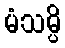
မံသမ္ပိ